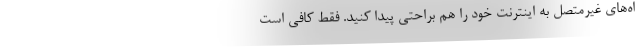
اه‌های غیرمتصل به اینترنت خود را هم براحتی پیدا کنید. فقط کافی است